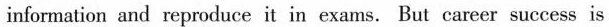
information and reproduce it in exams. But career success is